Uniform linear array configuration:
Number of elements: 64
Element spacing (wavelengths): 1
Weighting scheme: hamming
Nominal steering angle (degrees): -15
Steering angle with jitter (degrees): -14.439
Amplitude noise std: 0.05
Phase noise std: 0.05

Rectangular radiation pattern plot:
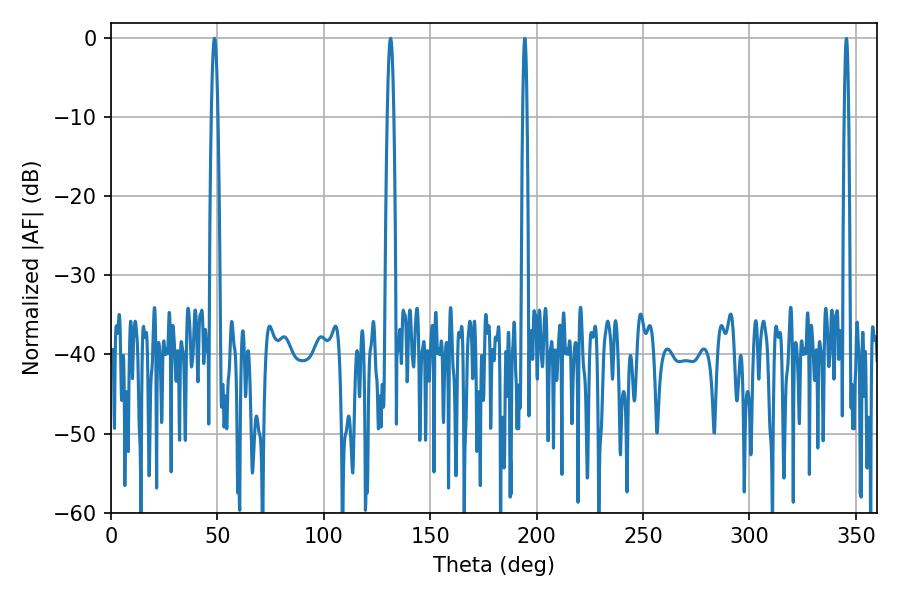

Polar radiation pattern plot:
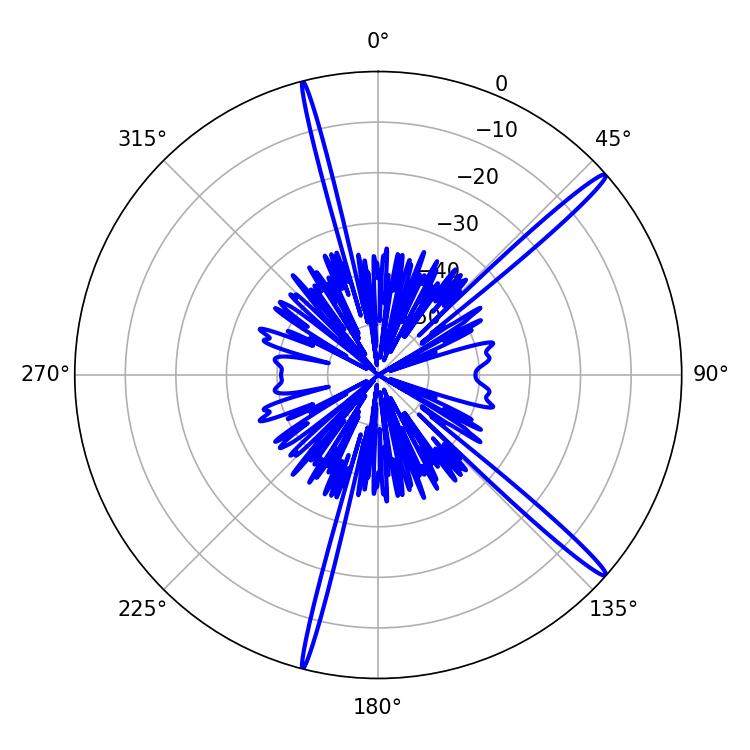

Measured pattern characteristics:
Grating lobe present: TRUE
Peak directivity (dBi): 17.203
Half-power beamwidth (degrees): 1.62
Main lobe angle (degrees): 48.6